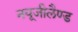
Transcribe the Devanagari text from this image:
नयूजीलैण्ड